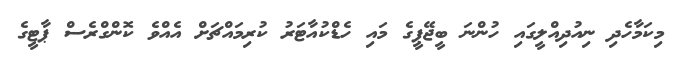
މިކަމާހެދި ނިއުދިއްލީގައި ހުންނަ ބީޖޭޕީގެ މައި ހެޑްކުއާޓަރު ކުރިމައްޗަށް އެއްވެ ކޮންގްރެސް ޕާޓީގެ